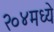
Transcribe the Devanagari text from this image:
२०४मध्ये